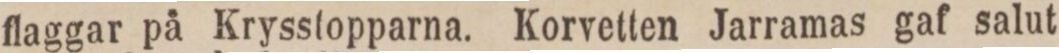
flaggar på Krysstopparna. Korvetten Jarramas gaf salut